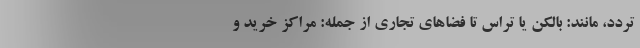
تردد، مانند: بالکن یا تراس تا فضاهای تجاری از جمله: مراکز خرید و